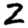
Digit: 2